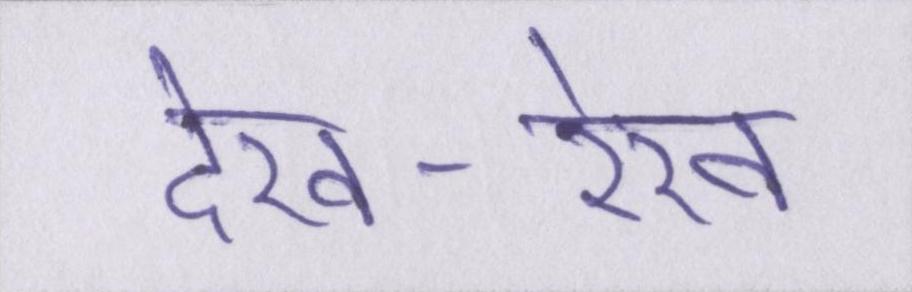
देख-रेख